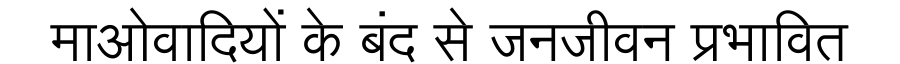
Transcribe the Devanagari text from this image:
माओवादियों के बंद से जनजीवन प्रभावित